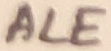
Text: ALE